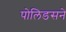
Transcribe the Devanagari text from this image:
पोलिडसने